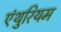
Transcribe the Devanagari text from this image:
एंथुरियम